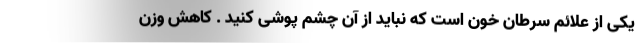
یکی از علائم سرطان خون است که نباید از آن چشم پوشی کنید . کاهش وزن